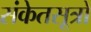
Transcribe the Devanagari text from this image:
संकेतसूत्रों